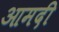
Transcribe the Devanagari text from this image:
आमदी